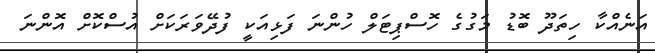
އަނެއްކާ ހިތަދޫ ބޮޑު މަގުގެ ހޮސްޕިޓަލް ހުންނަ ފަޅިއަކީ ފުދޭވަރަކަށް އުސްކޮށް އޮންނަ